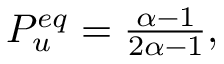
\begin{array} { r } { P _ { u } ^ { e q } = \frac { \alpha - 1 } { 2 \alpha - 1 } , } \end{array}